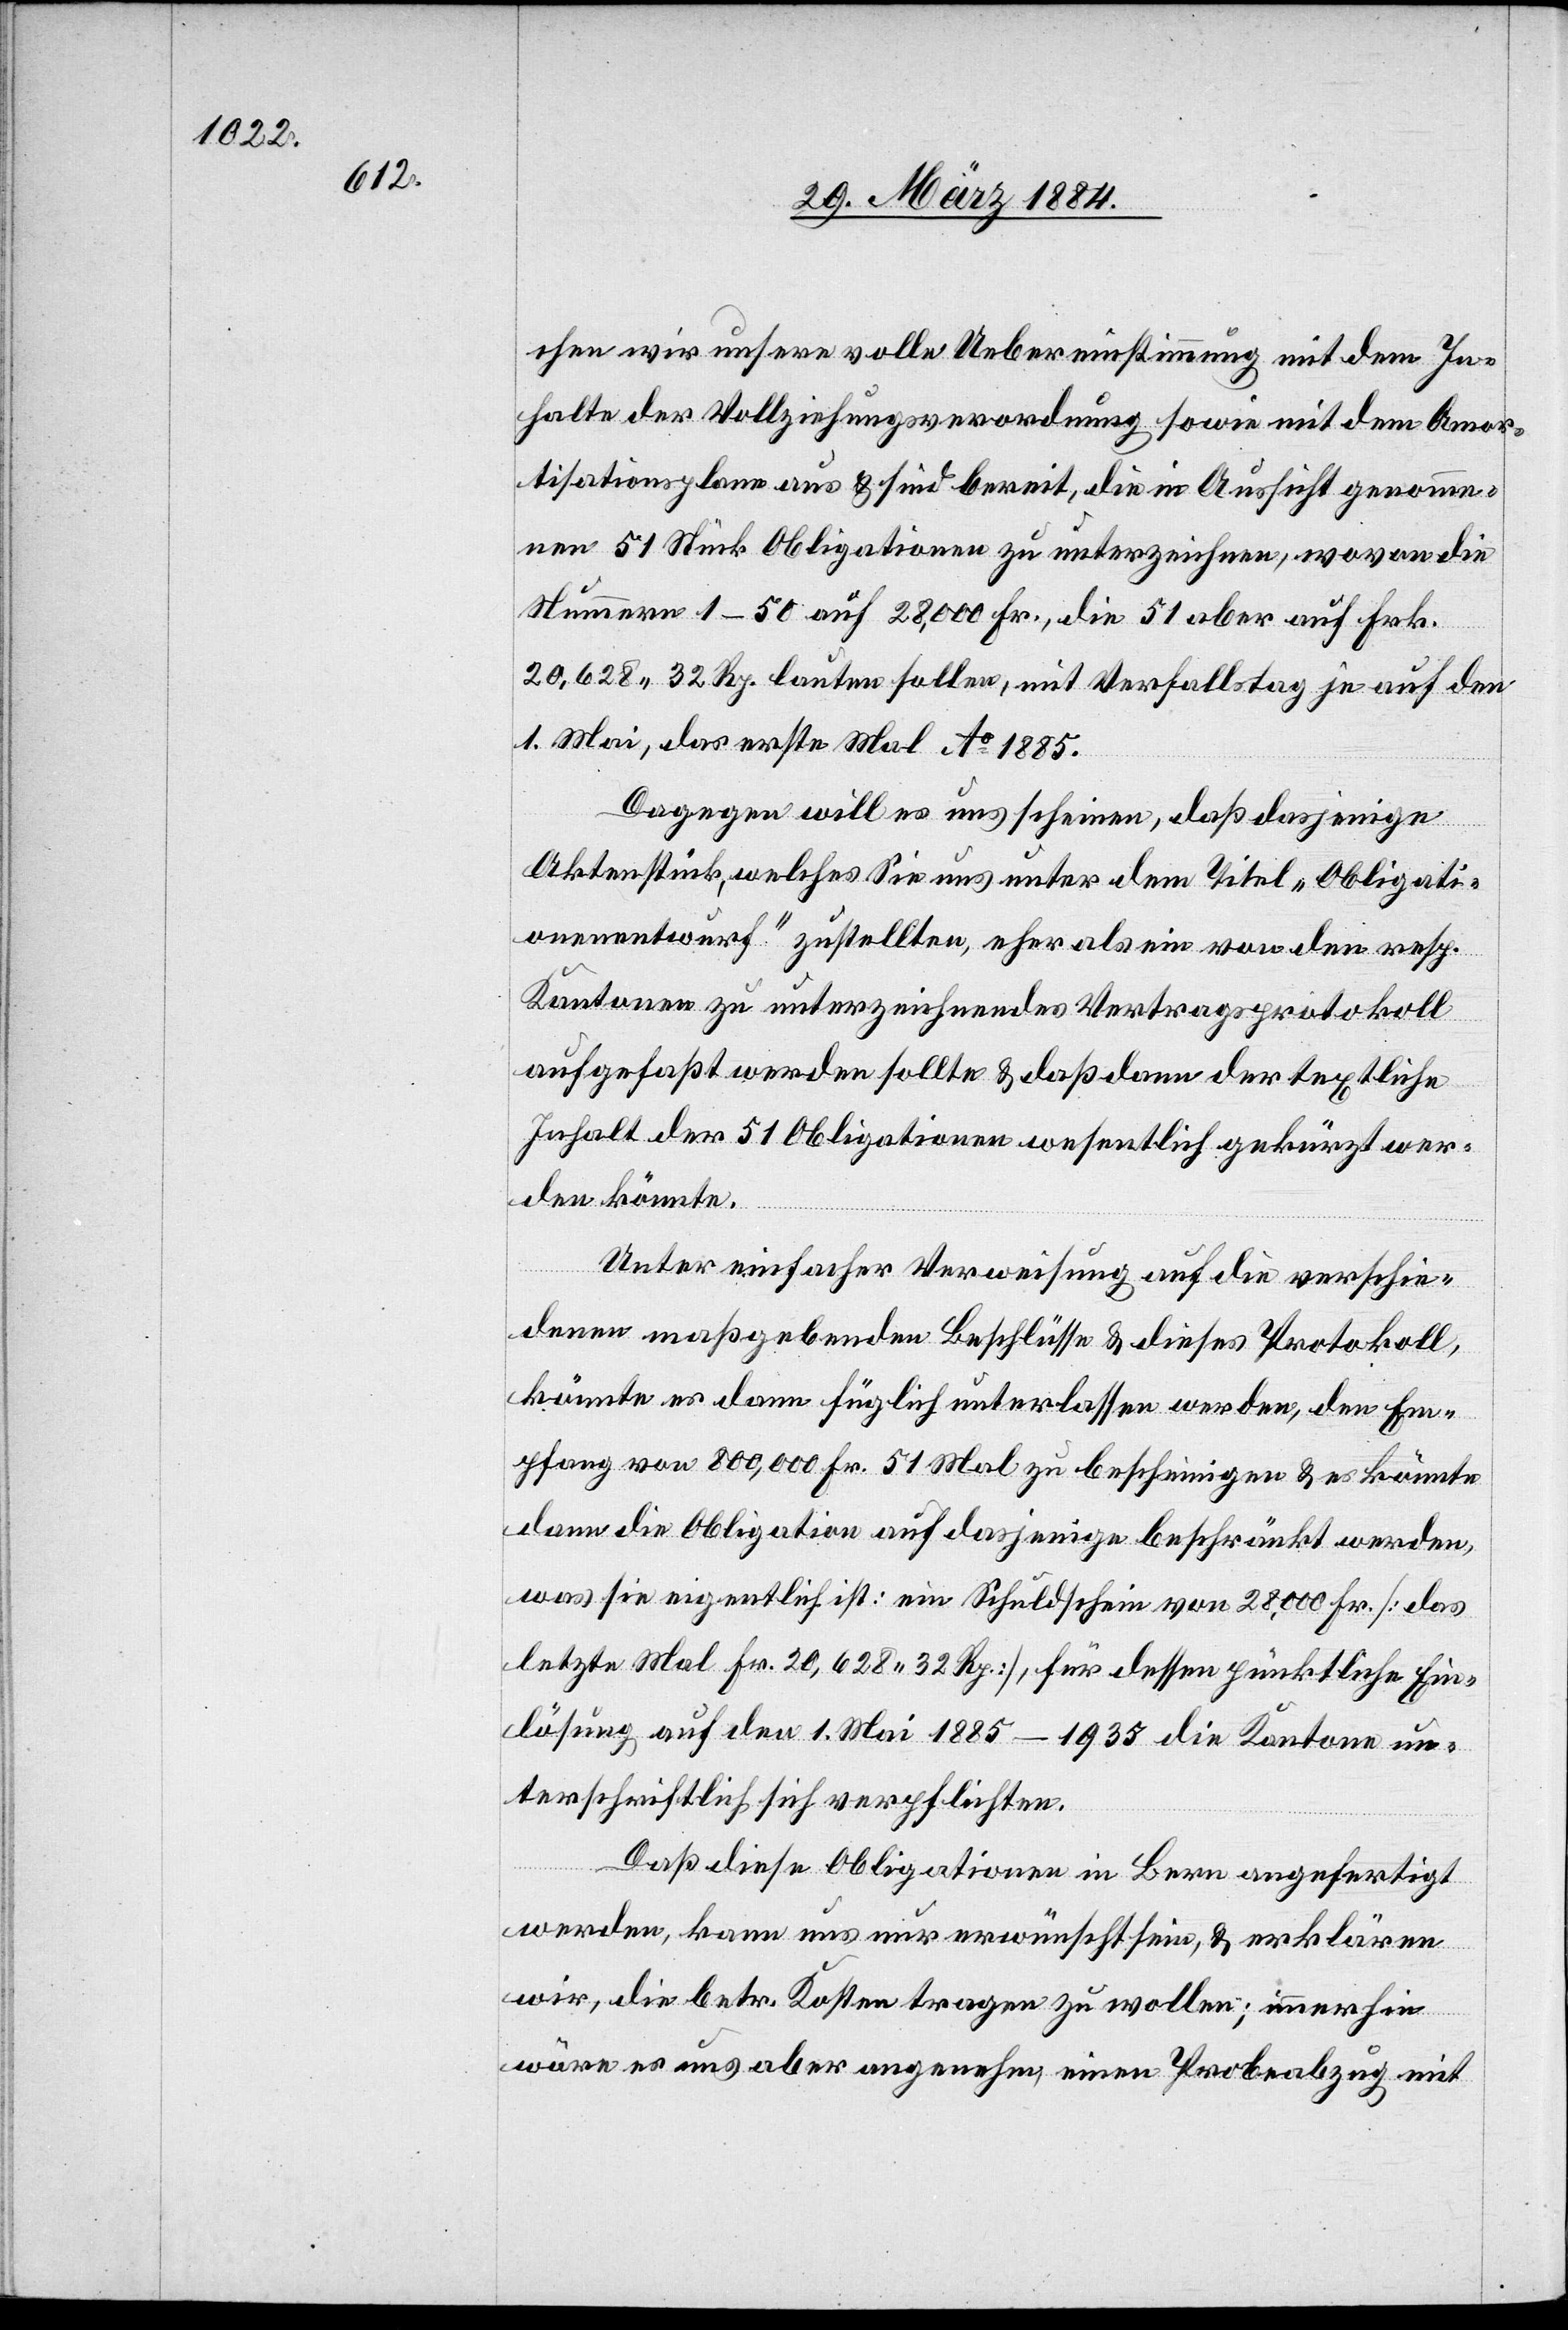
chen wir unsere volle Uebereinstimmung mit dem In¬
halte der Vollziehungsverordnung sowie mit dem Amor¬
tisationsplan aus & sind bereit, die in Aussicht genomme¬
nen 51 Stück Obligationen zu unterzeichnen, wovon die
Nummern 1–50 auf 28,000 Fr., die [Nummer] 51 aber auf Frk.
20,628 32 Rp. lauten sollen, mit Verfallstag je auf den
1. Mai, das erste Mal Ao 1885.
Dagegen will es uns scheinen, daß dasjenige
Aktenstück, welches Sie uns unter dem Titel „Obligati¬
onenentwurf“ zustellen, eher als ein von den resp.
Kantonen zu unterzeichnendes Vertragsprotokoll
aufgefaßt werden sollte & daß dann der textliche
Inhalt der 51 Obligationen wesentlich gekürzt wer¬
den könnte.
Unter einfacher Verweisung auf die verschie¬
denen maßgebenden Beschlüsse & dieses Protokoll,
könnte es dann füglich unterlassen werden, den Em¬
pfang von 800 000 Fr. 51 Mal zu bescheinigen & es könnte
dann die Obligation auf dasjenige beschränkt werden,
was sie eigentlich ist: ein Schuldschein von 28,000 Fr. [das
letzte Mal Fr. 20,628 32. Rp.], für dessen pünktliche Ein¬
lösung auf den 1. Mai 1885–1935 die Kantone un¬
terschriftlich sich verpflichten.
Daß diese Obligationen in Bern angefertigt
werden, kann uns nur erwünscht sein, & erklären
wir, die betr. Kosten tragen zu wollen, immerhin
wäre es uns aber angenehm, einen Probeabzug mit